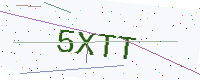
Text: 5XTT